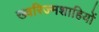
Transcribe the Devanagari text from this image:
ख्वरिज्मशाहियों